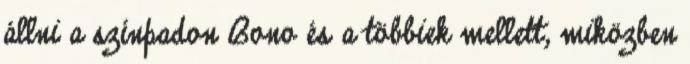
állni a színpadon Bono és a többiek mellett, miközben